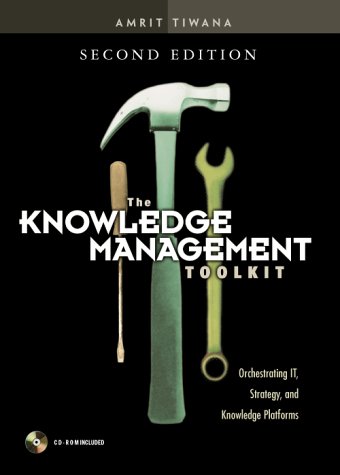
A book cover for The Knowledge Management Toolkit: Orchestrating IT, Strategy, and Knowledge Platforms (2nd Edition); Amrit Tiwana; Computers & Technology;